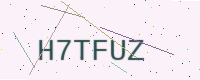
Text: H7TFUZ